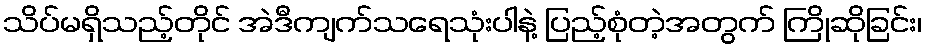
သိပ်မရှိသည့်တိုင် အဲဒီကျက်သရေသုံးပါနဲ့ ပြည့်စုံတဲ့အတွက် ကြိုဆိုခြင်း၊